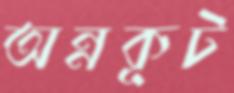
অন্নকূট